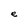
Character: e